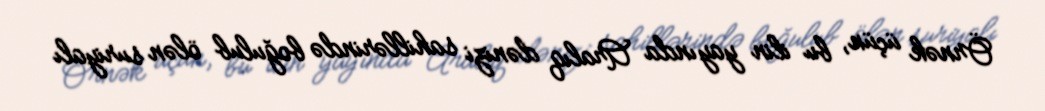
Örnək üçün, bu ilin yayında Aralıq dənizi sahillərində boğulub ölən suriyalı